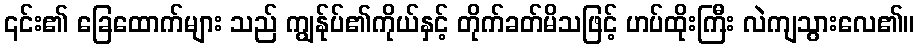
၎င်း၏ ခြေထောက်များ သည် ကျွန်ုပ်၏ကိုယ်နှင့် တိုက်ခတ်မိသဖြင့် ဟပ်ထိုးကြီး လဲကျသွားလေ၏။